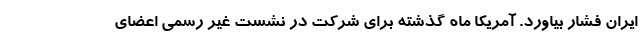
ایران فشار بیاورد. آمریکا ماه گذشته برای شرکت در نشست غیر رسمی اعضای